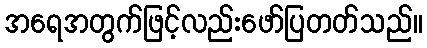
အရေအတွက်ဖြင့်လည်းဖော်ပြတတ်သည်။